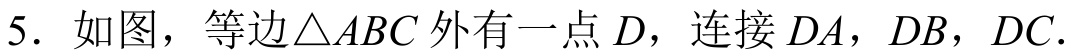
5. 如图，等边\(\triangle ABC\)外有一点 \(D\)，连接 \(DA\)，\(DB\)，\(DC\).